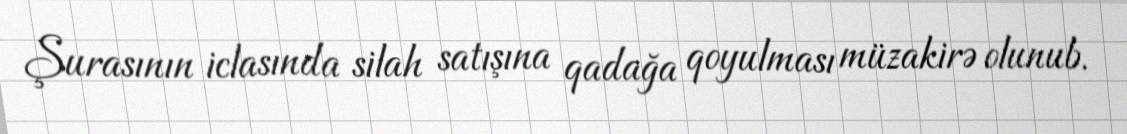
Şurasının iclasında silah satışına qadağa qoyulması müzakirə olunub.